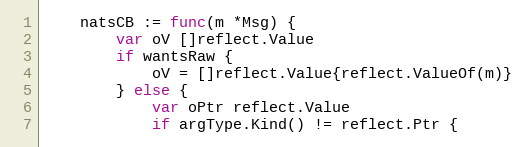
Language: Go
	natsCB := func(m *Msg) {
		var oV []reflect.Value
		if wantsRaw {
			oV = []reflect.Value{reflect.ValueOf(m)}
		} else {
			var oPtr reflect.Value
			if argType.Kind() != reflect.Ptr {